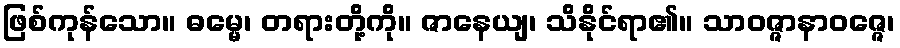
ဖြစ်ကုန်သော။ ဓမ္မေ၊ တရားတို့ကို။ ဇာနေယျ၊ သိနိုင်ရာ၏။ သာဝဇ္ဇာနာဝဇ္ဇေ၊